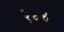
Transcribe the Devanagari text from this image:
१६४।